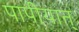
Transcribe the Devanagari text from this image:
पापीयान्‌